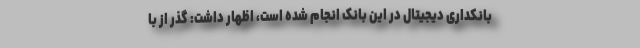
بانکداری دیجیتال در این بانک انجام شده است، اظهار داشت: گذر از با